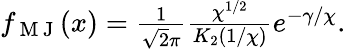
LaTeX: \begin{array}{r}{f_{\mathrm{~M~J~}}(x)=\frac{1}{\sqrt{2}\pi}\frac{\chi^{1/2}}{K_{2}(1/\chi)}e^{-\gamma/\chi}.}\end{array}